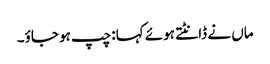
ماں نے ڈانٹتے ہوئے کہا: چپ ہو جاؤ۔